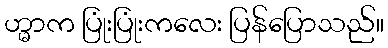
ဟ္မာက ပြုံးပြုံးကလေး ပြန်ပြောသည်။